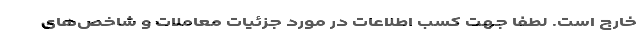
خارج است. لطفاً جهت کسب اطلاعات در مورد جزئیات معاملات و شاخص‌های